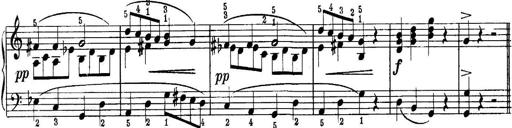
Title: Quatres sonatines
Composer: Tadeusz Joteyko